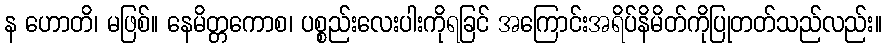
န ဟောတိ၊ မဖြစ်။ နေမိတ္တကောစ၊ ပစ္စည်းလေးပါးကိုရခြင် အကြောင်းအရိပ်နိမိတ်ကိုပြုတတ်သည်လည်း။